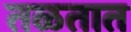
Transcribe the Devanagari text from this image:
तळतात